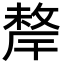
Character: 𢿂